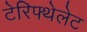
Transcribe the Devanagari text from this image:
टेरिफ्थेलेट